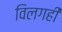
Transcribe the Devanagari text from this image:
विलगही